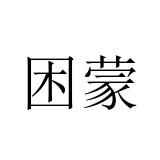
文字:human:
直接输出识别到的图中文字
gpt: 困蒙